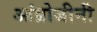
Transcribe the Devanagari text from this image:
आंब्रोजीनी